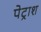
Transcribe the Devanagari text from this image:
पेट्राश